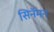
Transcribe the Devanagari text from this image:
सिनॅमन